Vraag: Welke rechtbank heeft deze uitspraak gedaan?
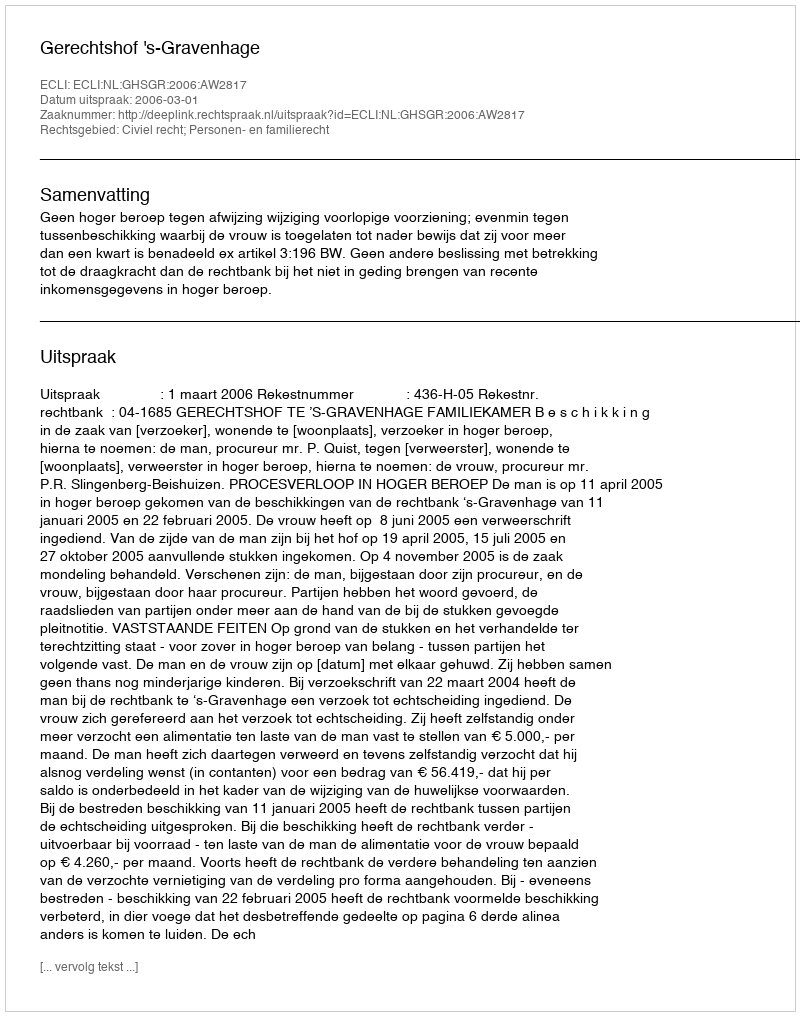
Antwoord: Gerechtshof 's-Gravenhage